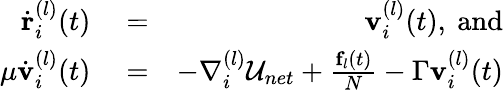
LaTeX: \begin{array}{rlr}{\dot{\mathbf r}_{i}^{(l)}(t)}&{{}=}&{{\mathbf v}_{i}^{(l)}(t),\mathrm{\ and}}\\ {{\mu}\dot{\mathbf v}_{i}^{(l)}(t)}&{{}=}&{-\nabla_{i}^{(l)}{\cal U}_{net}+\frac{{\mathbf f}_{l}(t)}{N}-\Gamma{\mathbf v}_{i}^{(l)}(t)}\end{array}